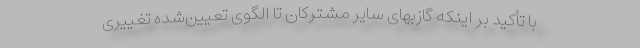
با تأکید بر اینکه گازبهای سایر مشترکان تا الگوی تعیین‌شده تغییری